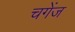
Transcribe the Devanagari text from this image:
चगेंज